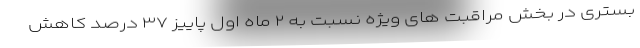
بستری در بخش مراقبت های ویژه نسبت به ۲ ماه اول پاییز ۳۷ درصد کاهش